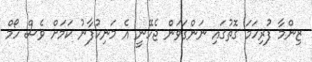
ޒިންމާ ފުރިހަމަ ގޮތުގައި ނަންގަވަން ޖެހޭނީ އެ މަނިކުފާނު ކަމަށް ވެސް ހޯމް